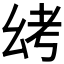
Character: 𫷟